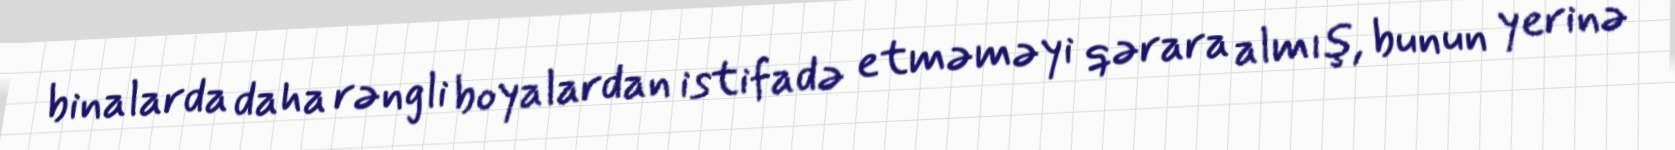
binalarda daha rəngli boyalardan istifadə etməməyi qərara almış, bunun yerinə